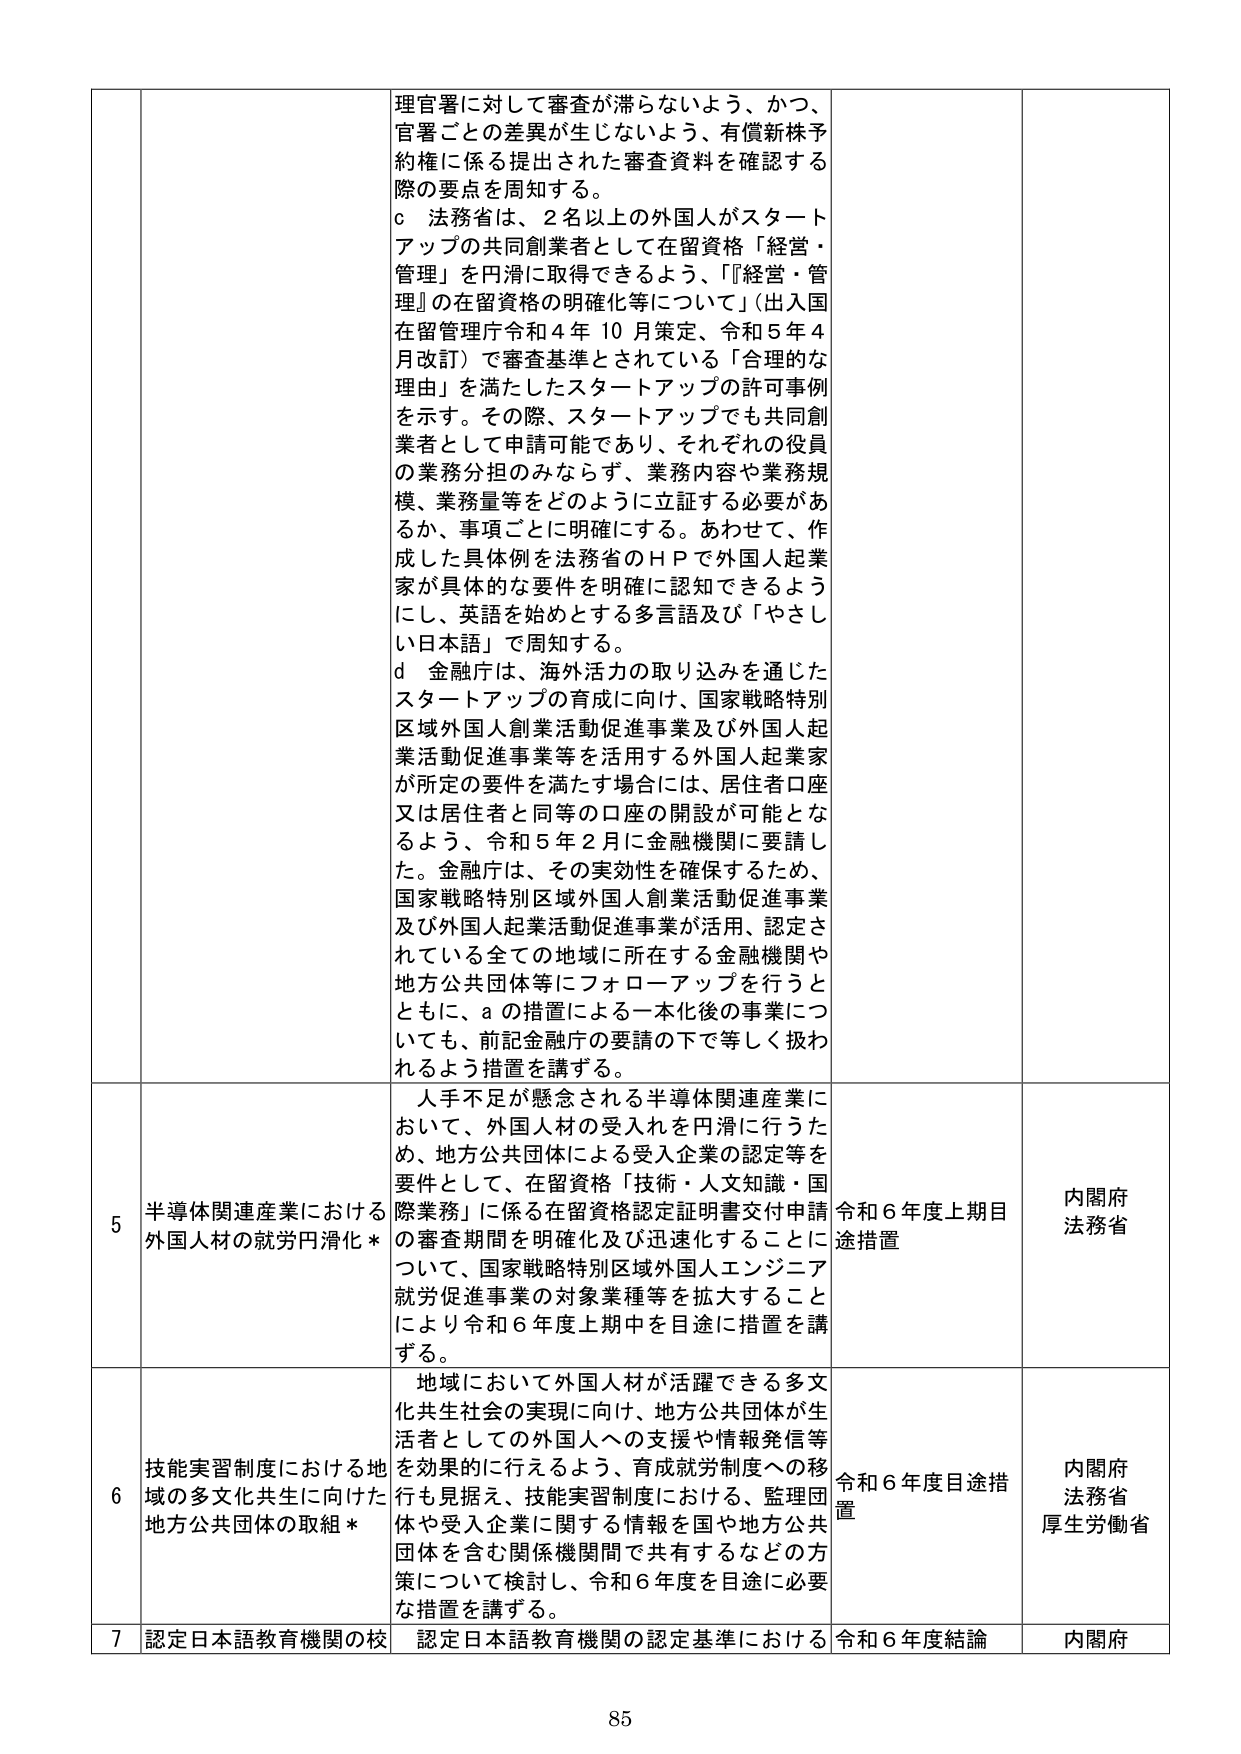
理官署に対して審査が滞らないよう、かつ、
官署ごとの差異が生じないよう、有償新株予
約権に係る提出された審査資料を確認する
際の要点を周知する。
c 法務省は、2名以上の外国人がスタート
アップの共同創業者として在留資格「経営・
管理」を円滑に取得できるよう、「『経営・管理』の在留資格の明確化等について」（出入国
在留管理庁令和4年10月策定、令和5年4
月改訂）で審査基準とされている「合理的な
理由」を満たしたスタートアップの許可事例
を示す。その際、スタートアップでも共同創
業者として申請可能であり、それぞれの役員
の業務分担のみならず、業務内容や業務規
模、業務量等をどのように立証する必要があ
るか、事項ごとに明確にする。あわせて、作
成した具体例を法務省のＨＰで外国人起業
家が具体的な要件を明確に認知できるよう
にし、英語を始めとする多言語及び「やさし
い日本語」で周知する。
d 金融庁は、海外活力の取り込みを通じた
スタートアップの育成に向け、国家戦略特別
区域外国人創業活動促進事業及び外国人起
業活動促進事業等を活用する外国人起業家
が所定の要件を満たす場合には、居住者口座
又は居住者と同等の口座の開設が可能とな
るよう、令和5年2月に金融機関に要請し
た。金融庁は、その実効性を確保するため、
国家戦略特別区域外国人創業活動促進事業
及び外国人起業活動促進事業が活用、認定さ
れている全ての地域に所在する金融機関や
地方公共団体等にフォローアップを行うと
ともに、aの措置による一本化後の事業につ
いても、前記金融庁の要請の下で等しく扱わ
れるよう措置を講ずる。

5 半導体関連産業における
外国人材の就労円滑化＊
人手不足が懸念される半導体関連産業に
おいて、外国人材の受入れを円滑に行うた
め、地方公共団体による受入企業の認定等を
要件として、在留資格「技術・人文知識・国
際業務」に係る在留資格認定証明書交付申請
の審査期間を明確化及び迅速化することに
ついて、国家戦略特別区域外国人エンジニア
就労促進事業の対象業種等を拡大すること
により令和6年度上期中を目途に措置を講
ずる。
令和6年度上期目
途措置
内閣府
法務省

6 技能実習制度における地
域の多文化共生に向けた
地方公共団体の取組＊
地域において外国人材が活躍できる多文
化共生社会の実現に向け、地方公共団体が生
活者としての外国人への支援や情報発信等
を効果的に行えるよう、育成就労制度への移
行も見据え、技能実習制度における、監理団
体や受入企業に関する情報を国や地方公共
団体を含む関係機関間で共有するなどの方
策について検討し、令和6年度を目途に必要
な措置を講ずる。
令和6年度目途措
置
内閣府
法務省
厚生労働省

7 認定日本語教育機関の校
認定日本語教育機関の認定基準における
令和6年度結論
内閣府

85